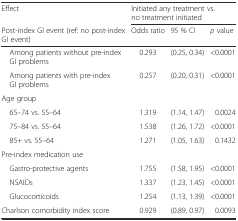
| Effect | <COLSPAN=3> Initiated any treatment vs. no treatment initiated |
 | Post-index GI event (ref: no post-index GI event) | Odds ratio | 95 % CI | p value |
 | --- | --- | --- | --- |
 | Among patients without pre-index GI problems | 0.293 | (0.25, 0.34) | <0.0001 |
 | Among patients with pre-index GI problems | 0.257 | (0.20, 0.31) | <0.0001 |
 | Age group |  |  |  |
 | 65–74 vs. 55–64 | 1.319 | (1.14, 1.47) | 0.0024 |
 | 75–84 vs. 55–64 | 1.538 | (1.26, 1.72) | <0.0001 |
 | 85+ vs. 55–64 | 1.271 | (1.05, 1.63) | 0.1432 |
 | Pre-index medication use |  |  |  |
 | Gastro-protective agents | 1.755 | (1.58, 1.95) | <0.0001 |
 | NSAIDs | 1.337 | (1.23, 1.45) | <0.0001 |
 | Glucocorticoids | 1.254 | (1.13, 1.39) | <0.0001 |
 | Charlson comorbidity index score | 0.929 | (0.89, 0.97) | 0.0093 |